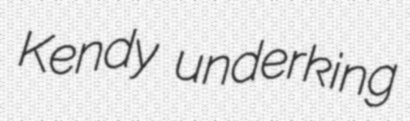
Kendy underking